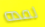
لمده